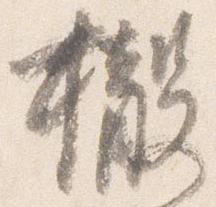
撤